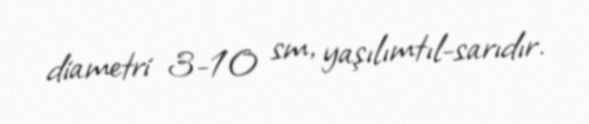
diametri 3-10 sm, yaşılımtıl-sarıdır.